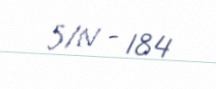
S/N - 184